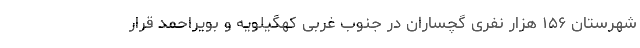
شهرستان ۱۵۶ هزار نفری گچساران در جنوب غربی کهگیلویه و بویراحمد قرار